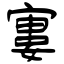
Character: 寠